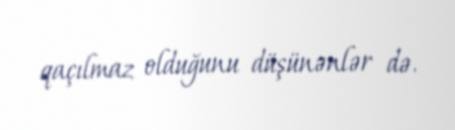
qaçılmaz olduğunu düşünənlər də.